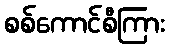
စစ်ကောင်စီကြား